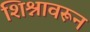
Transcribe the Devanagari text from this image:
शिश्नावरून